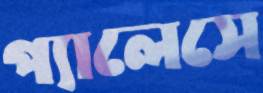
প্যালেসে